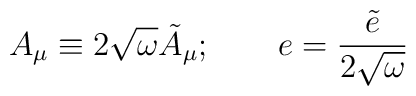
A_{\mu}\equiv 2\sqrt{\omega}\tilde{A}_{\mu}; \qquad e=\frac{\tilde{e}}{2\sqrt{\omega}}